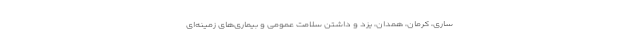
ساری، کرمان، همدان، یزد و داشتن سلامت عمومی و بیماری‌های زمینه‌ای